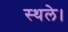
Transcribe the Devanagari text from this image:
स्थले।